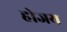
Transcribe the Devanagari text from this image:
होजय